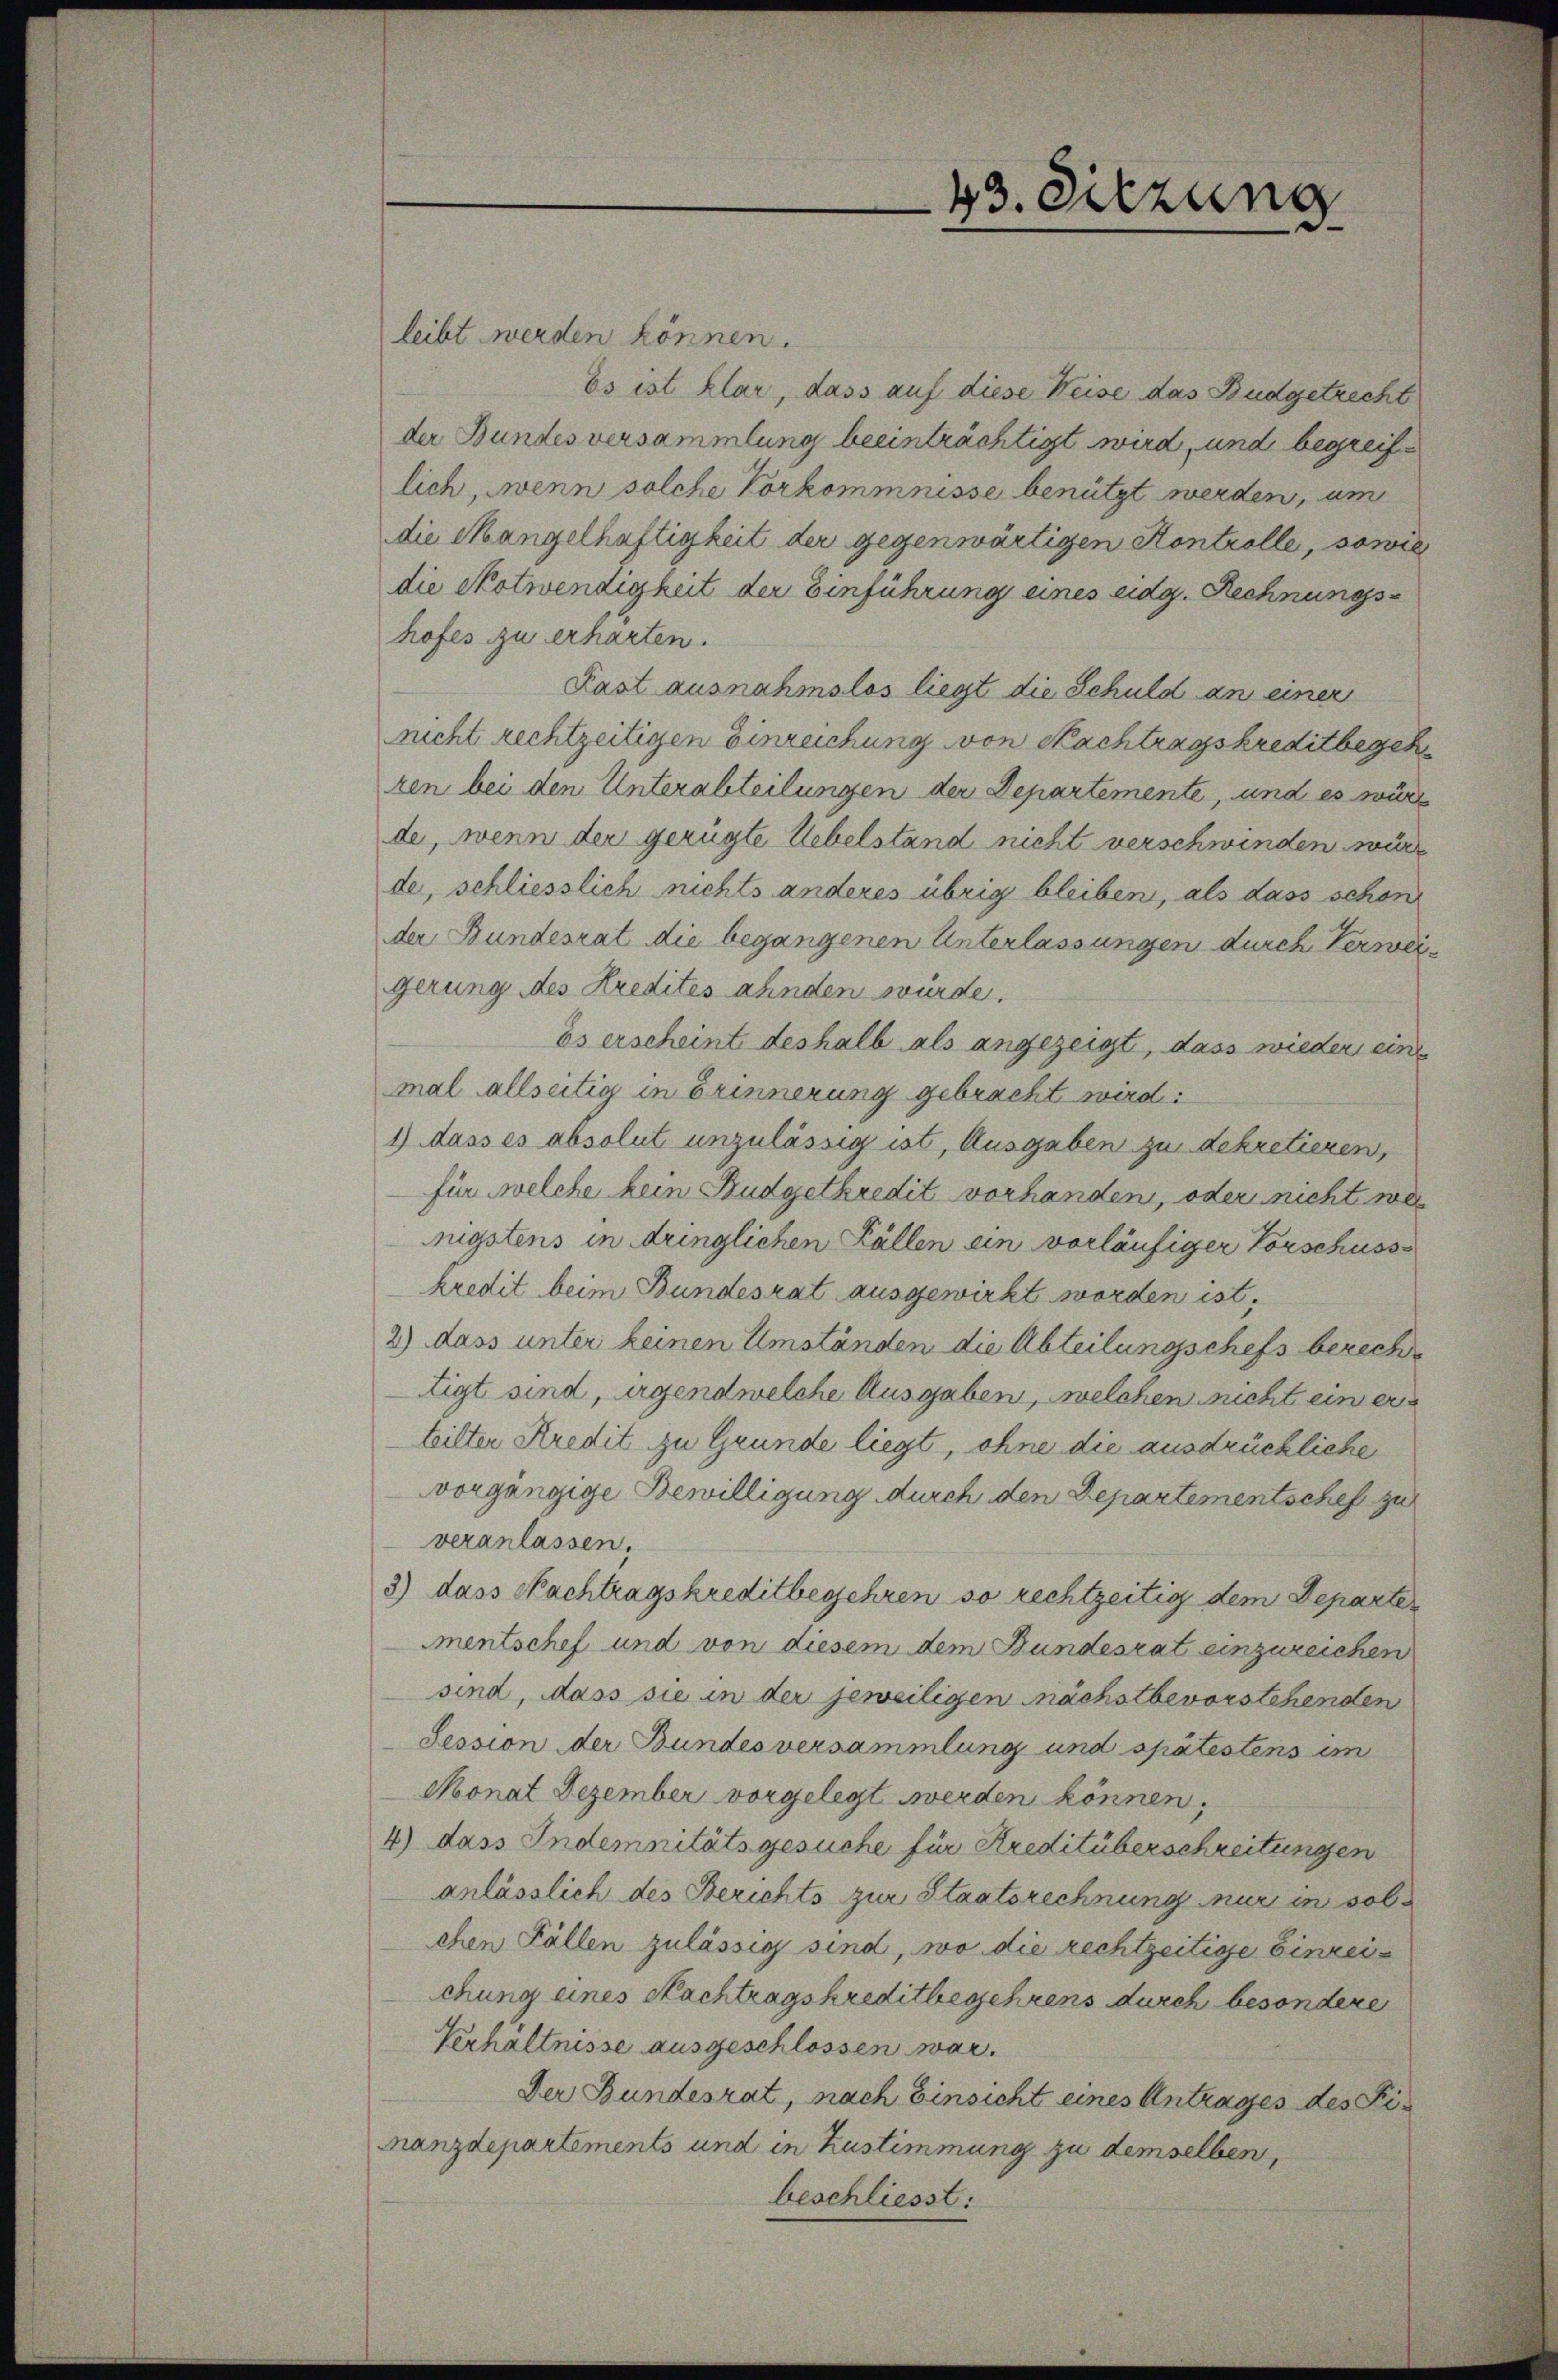
43. Diezung

leibt werden können.
Es ist klar, dass auf diese Weise das Budgetrecht
der Bundesversammlung beeinträchtigt wird, und begreiflich, wenn solche Vorkommnisse benützt werden, um
die Mangelhaftigkeit der gegenwärtigen Kontrolle, sowie
die Notwendigkeit der Einführung eines eidg. Rechnungshofes zu erhärten.
Rast ausnahmslos liegt die Schuld an einer
nicht rechtzeitigen Einreichung von Nachtragskreditbegeh
zen bei den Unterabteilungen der Departemente, und es würd
de, wenn der gerügte Uebelstand nicht verschwinden würde, schliesslich nichts anderes übrig bleiben, als dass schon
der Bundesrat die begangenen Unterlassungen durch Verweigerung des Kredites ahnden würde.
Es erscheint deshalb als angezeigt, dass wieder eine
mal allseitig in Erinnerung gebracht wird:
1) dass es absolut unzulässig ist, Ausgaben zu dekretieren,
für welche kein Budgetkredit vorhanden, oder nicht we
nigstens in dringlichen Fällen ein vorläufiger Vorschuss
kredit beim Bundesrat ausgewirkt worden ist.
2) dass unter keinen Umständen die Abteilungschefs berecht
tigt sind, argendwelche Ausgaben, welchen nicht ein erteilter Kredit zu Grunde liegt, ohne die ausdrückliche
vorgängige Bewilligung durch den Departementschef zu
veranlassen.
3) dass Nachtragskreditbegehren so rechtzeitig dem Departe
mentschef und von diesem dem Bundesrat einzureichen
sind, dass sie in der jeweiligen nächstbevorstehenden
Session der Bundesversammlung und spätestens im
Monat Dezember vorgelegt werden können,
4) dass Indemnitätsgesuche für Kreditüberschreitungen
anlässlich des Berichts zur Staatsrechnung nur in sol
chen Fällen zulässig sind, wo die rechtzeitige Einreichung eines Nachtragskreditbegehrens durch besondere
Verhältnisse ausgeschlossen war.
Der Bundesrat, nach Einsicht eines Antrages des Fi¬
Fanzdepartements und in Zustimmung zu demselben,
beschliesst: